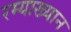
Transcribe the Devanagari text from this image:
रम्याख्यान